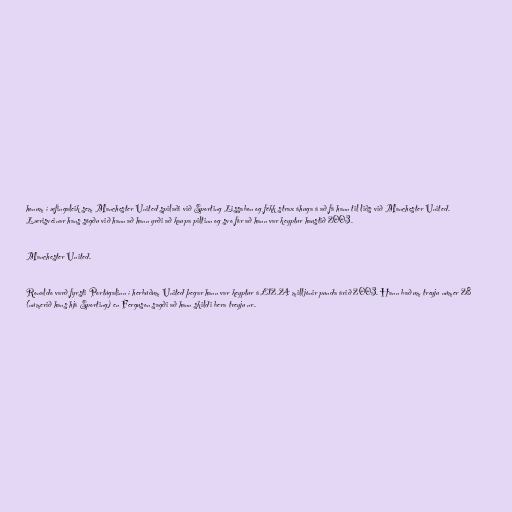
honum í æfingaleik sem Manchester United spilaði við Sporting Lissabon og fékk strax áhuga á að fá hann til liðs við Manchester United.
Lærisveinar hans sögðu við hann að hann yrði að kaupa piltinn og svo fór að hann var keyptur haustið 2003.

Manchester United.

Ronaldo varð fyrsti Portúgalinn í herbúðum United þegar hann var keyptur á £12.24 milljónir punda árið 2003. Hann bað um treyju númer 28
(númerið hans hjá Sporting) en Ferguson sagði að hann skildi bera treyju nr.